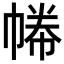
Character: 𢄑